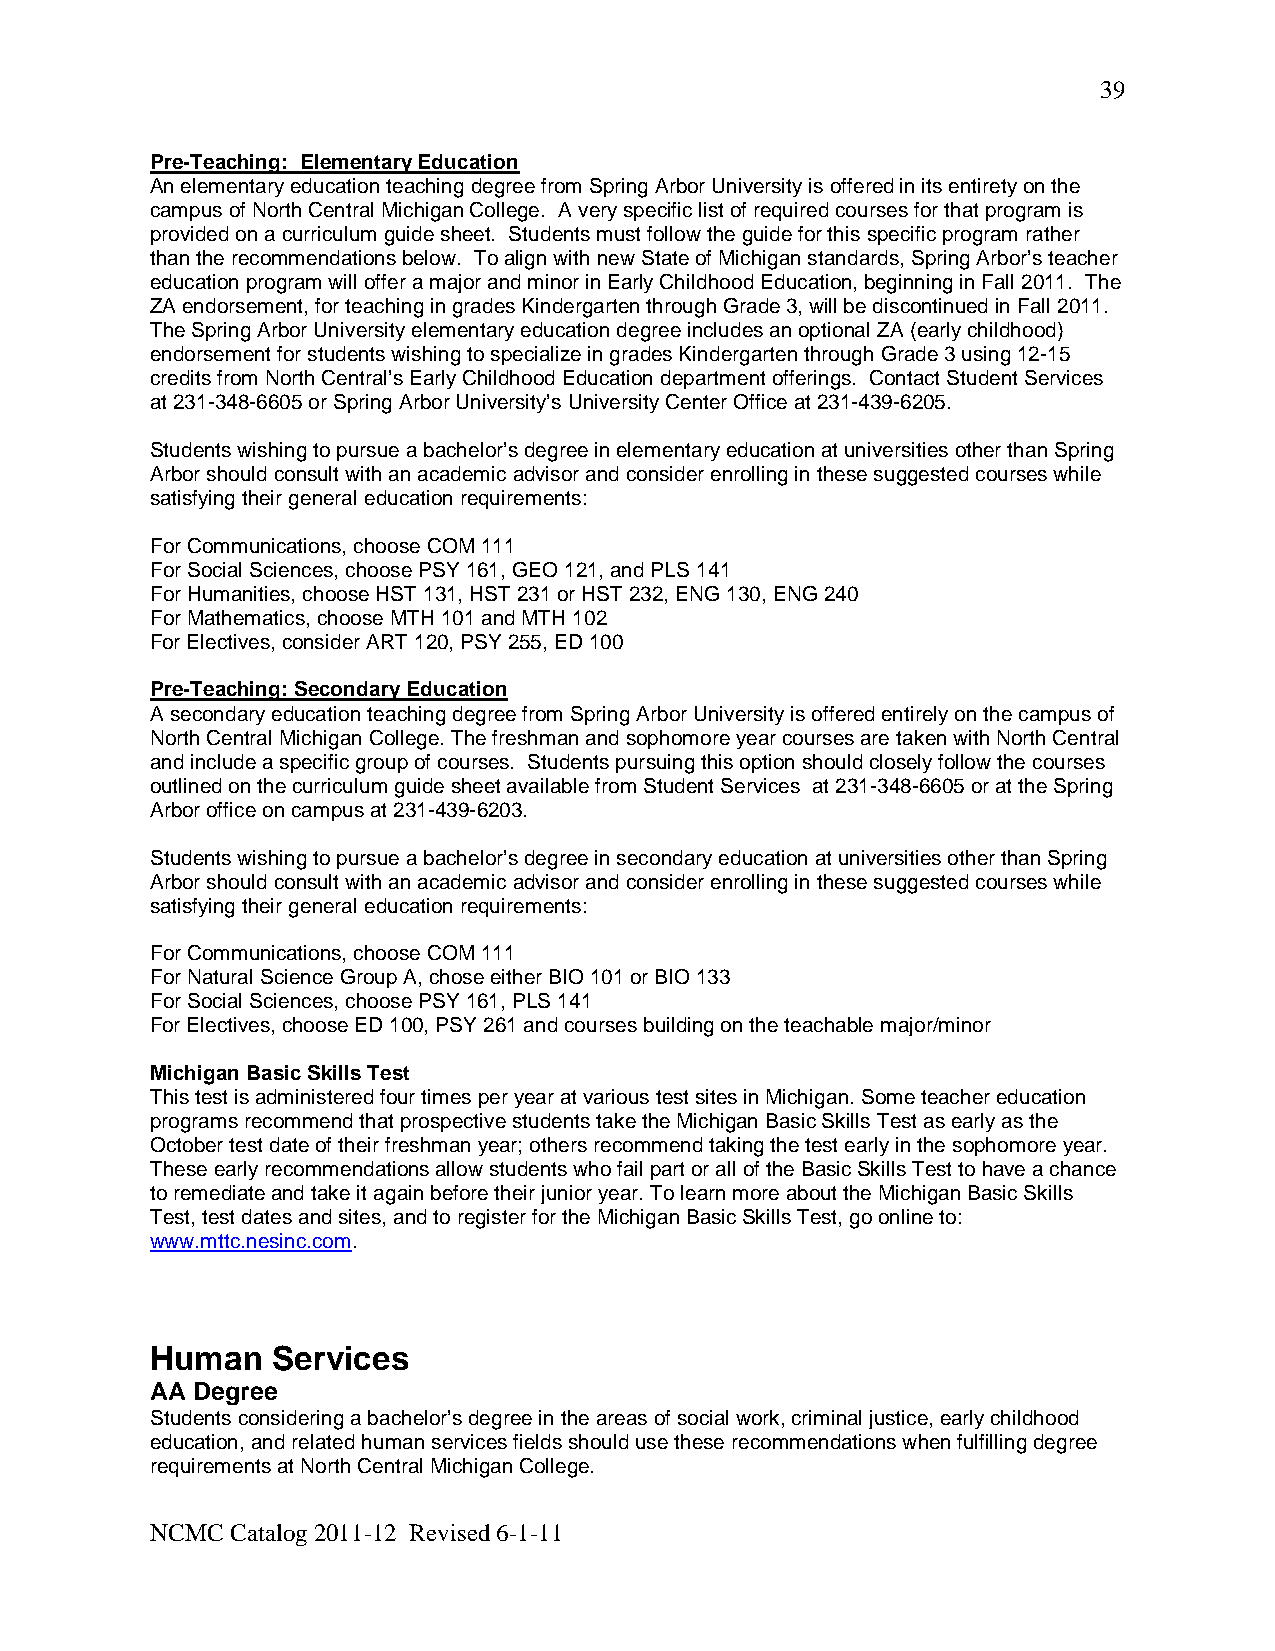
39
 Pre-Teaching: Elementary Education
 An elementary education teaching degree from Spring Arbor University is offered in its entirety on the
 campus of North Central Michigan College. A very specific list of required courses for that program is
 provided on a curriculum guide sheet. Students must follow the guide for this specific program rather
 than the recommendations below. To align with new State of Michigan standards, Spring Arbor’s teacher
 education program will offer a major and minor in Early Childhood Education, beginning in Fall 2011. The
 ZA endorsement, for teaching in grades Kindergarten through Grade 3, will be discontinued in Fall 2011.
 The Spring Arbor University elementary education degree includes an optional ZA (early childhood)
 endorsement for students wishing to specialize in grades Kindergarten through Grade 3 using 12-15
 credits from North Central’s Early Childhood Education department offerings. Contact Student Services
 at 231-348-6605 or Spring Arbor University’s University Center Office at 231-439-6205.
 Students wishing to pursue a bachelor’s degree in elementary education at universities other than Spring
 Arbor should consult with an academic advisor and consider enrolling in these suggested courses while
 satisfying their general education requirements:
 For Communications, choose COM 111
 For Social Sciences, choose PSY 161, GEO 121, and PLS 141
 For Humanities, choose HST 131, HST 231 or HST 232, ENG 130, ENG 240
 For Mathematics, choose MTH 101 and MTH 102
 For Electives, consider ART 120, PSY 255, ED 100
 Pre-Teaching: Secondary Education
 A secondary education teaching degree from Spring Arbor University is offered entirely on the campus of
 North Central Michigan College. The freshman and sophomore year courses are taken with North Central
 and include a specific group of courses. Students pursuing this option should closely follow the courses
 outlined on the curriculum guide sheet available from Student Services at 231-348-6605 or at the Spring
 Arbor office on campus at 231-439-6203.
 Students wishing to pursue a bachelor’s degree in secondary education at universities other than Spring
 Arbor should consult with an academic advisor and consider enrolling in these suggested courses while
 satisfying their general education requirements:
 For Communications, choose COM 111
 For Natural Science Group A, chose either BIO 101 or BIO 133
 For Social Sciences, choose PSY 161, PLS 141
 For Electives, choose ED 100, PSY 261 and courses building on the teachable major/minor
 Michigan Basic Skills Test
 This test is administered four times per year at various test sites in Michigan. Some teacher education
 programs recommend that prospective students take the Michigan Basic Skills Test as early as the
 October test date of their freshman year; others recommend taking the test early in the sophomore year.
 These early recommendations allow students who fail part or all of the Basic Skills Test to have a chance
 to remediate and take it again before their junior year. To learn more about the Michigan Basic Skills
 Test, test dates and sites, and to register for the Michigan Basic Skills Test, go online to:
 www.mttc.nesinc.com.
 Human   Services
 AA Degree
 Students considering a bachelor’s degree in the areas of social work, criminal justice, early childhood
 education, and related human services fields should use these recommendations when fulfilling degree
 requirements at North Central Michigan College.
 NCMC Catalog 2011-12 Revised 6-1-11